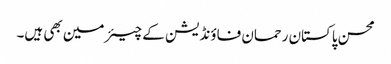
محسن پاکستان رحمان فاؤنڈیشن کے چیئرمین بھی ہیں۔